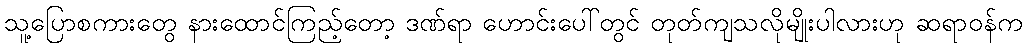
သူ့ပြောစကားတွေ နားထောင်ကြည့်တော့ ဒဏ်ရာ ဟောင်းပေါ်တွင် တုတ်ကျသလိုမျိုးပါလားဟု ဆရာဝန်က